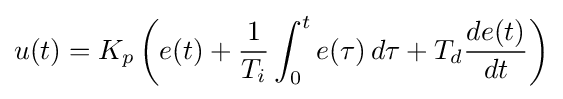
u(t)=K_{p}\left(e(t)+{\frac {1}{T_{i}}}\int _{0}^{t}e(\tau )\,d\tau +T_{d}{\frac {de(t)}{dt}}\right)